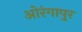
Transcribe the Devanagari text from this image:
ओरंगापुर